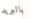
بالبريد